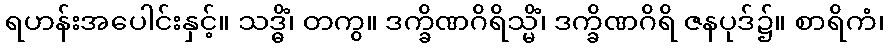
ရဟန်းအပေါင်းနှင့်။ သဒ္ဓိံ၊ တကွ။ ဒက္ခိဏဂိရိသ္မိံ၊ ဒက္ခိဏဂိရိ ဇနပုဒ်၌။ စာရိကံ၊